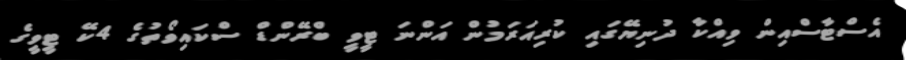
އެސްޓާސްއިން ވިއްކާ ދުނިޔޭގައި ކުރިއަރަމުން އަންނަ ޓީވީ ބްރޭންޑް ސްކައިވޯތުގެ 4ކޭ ޓީވީގެ